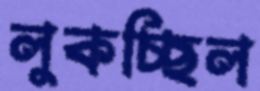
লুকচ্ছিল